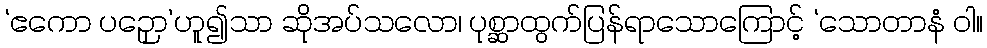
‘ဧကော ပဉှော’ဟူ၍သာ ဆိုအပ်သလော၊ ပုစ္ဆာထွက်ပြန်ရာသောကြောင့် ‘သောတာနံ ဝါ။